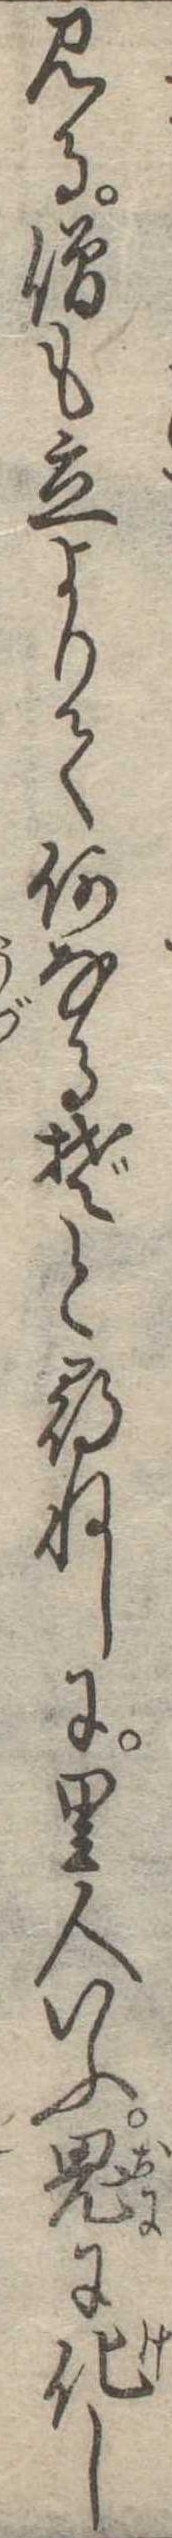
見る僧も立よりて何なるぞと尋ねしに里人いふ鬼に化し